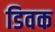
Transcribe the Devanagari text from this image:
डिवक